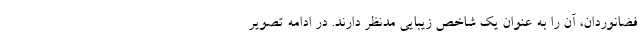
فضانوردان، آن را به عنوان یک شاخص زیبایی مدنظر دارند. در ادامه تصویر